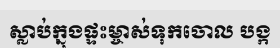
ស្លាប់ក្នុងផ្ទះម្ចាស់ទុកចោល បង្ក